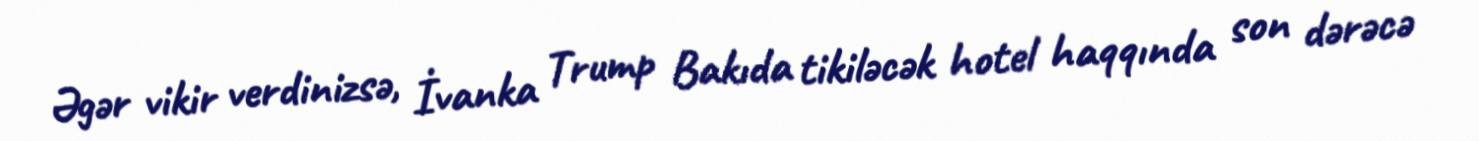
Əgər vikir verdinizsə, İvanka Trump Bakıda tikiləcək hotel haqqında son dərəcə